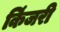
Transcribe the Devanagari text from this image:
किंजरी